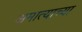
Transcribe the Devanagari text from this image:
अमात्याच्या